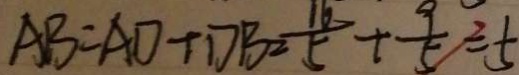
A B = A D + D B = \frac { 1 6 } { 5 } + \frac { 9 } { 5 } = 5